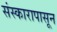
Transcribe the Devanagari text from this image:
संस्कारापासून